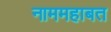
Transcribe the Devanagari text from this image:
नाममहाबत